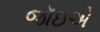
જૉઇએ